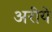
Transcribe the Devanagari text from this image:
अरीये